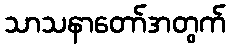
သာသနာတော်အတွက်